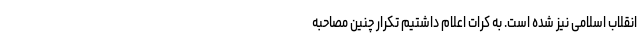
انقلاب اسلامی نیز شده است. به کرات اعلام داشتیم تکرار چنین مصاحبه